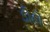
ડોહો